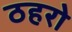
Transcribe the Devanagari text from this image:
ठहरो